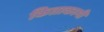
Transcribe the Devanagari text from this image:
किताकामी